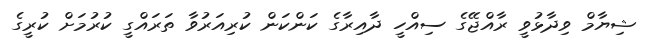
ޝިޔާމް ވިދާޅުވީ ރާއްޖޭގެ ސިއްހީ ދާއިރާގެ ކަންކަން ކުރިއަރުވާ ތަރައްގީ ކުރުމަށް ކުރީގެ